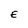
Character: E